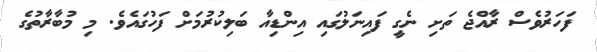
ފަހަރުވެސް ރާއްޖެ ތަށި ނެގީ ފައިނަލުގައި އިންޑިއާ ބަލިކުރުމަށް ފަހުގައެވެ. މި މުބާރާތުގެ